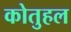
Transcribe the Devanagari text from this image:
कोतुहल